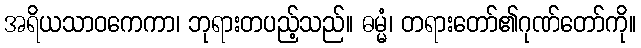
အရိယသာဝကေကာ၊ ဘုရားတပည့်သည်။ ဓမ္မံ၊ တရားတော်၏ဂုဏ်တော်ကို။